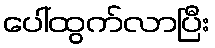
ပေါ်ထွက်လာပြီး